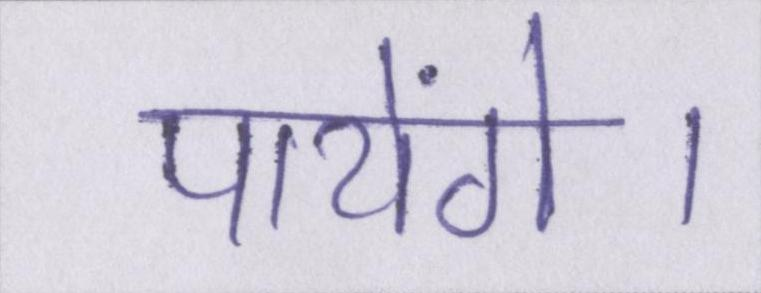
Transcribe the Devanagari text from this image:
पायेंगे।